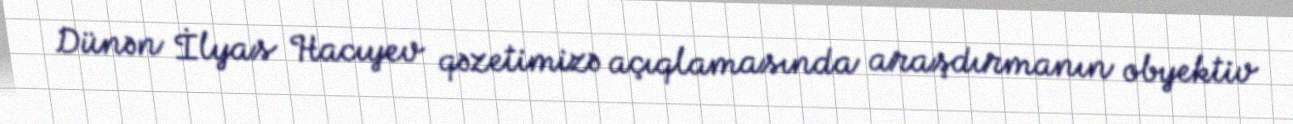
Dünən İlyas Hacıyev qəzetimizə açıqlamasında araşdırmanın obyektiv